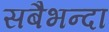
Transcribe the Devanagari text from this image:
सबैभन्दा